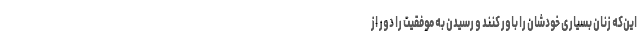
این‌که زنان بسیاری خودشان را باور کنند و رسیدن به موفقیت را دور از